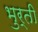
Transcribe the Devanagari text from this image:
भुर्ती